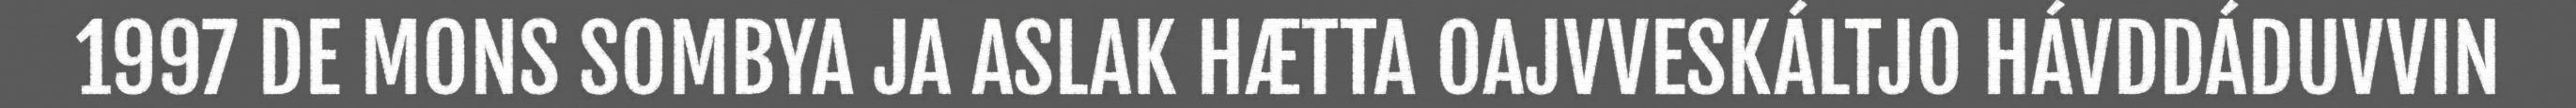
1997 DE MONS SOMBYA JA ASLAK HÆTTA OAJVVESKÁLTJO HÁVDDÁDUVVIN